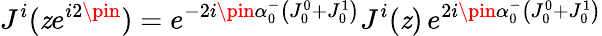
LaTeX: J^{i}(\mathit{z}e^{i2\pin})=e^{-2i\pin\alpha_{0}^{-}\left(J_{0}^{0}+J_{0}^{1}\right)}J^{i}(\mathit{z})\, e^{2i\pin\alpha_{0}^{-}\left(J_{0}^{0}+J_{0}^{1}\right)}